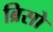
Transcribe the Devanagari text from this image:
ब्रिसो